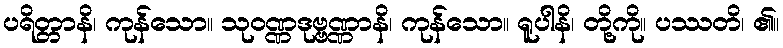
ပရိတ္တာနိ၊ ကုန်သော။ သုဝဏ္ဏဒုဗ္ဗဏ္ဏာနိ၊ ကုန်သော။ ရူပါနိ၊ တို့ကို။ ပဿတိ၊ ၏။